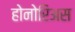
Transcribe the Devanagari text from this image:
होनोरिअस